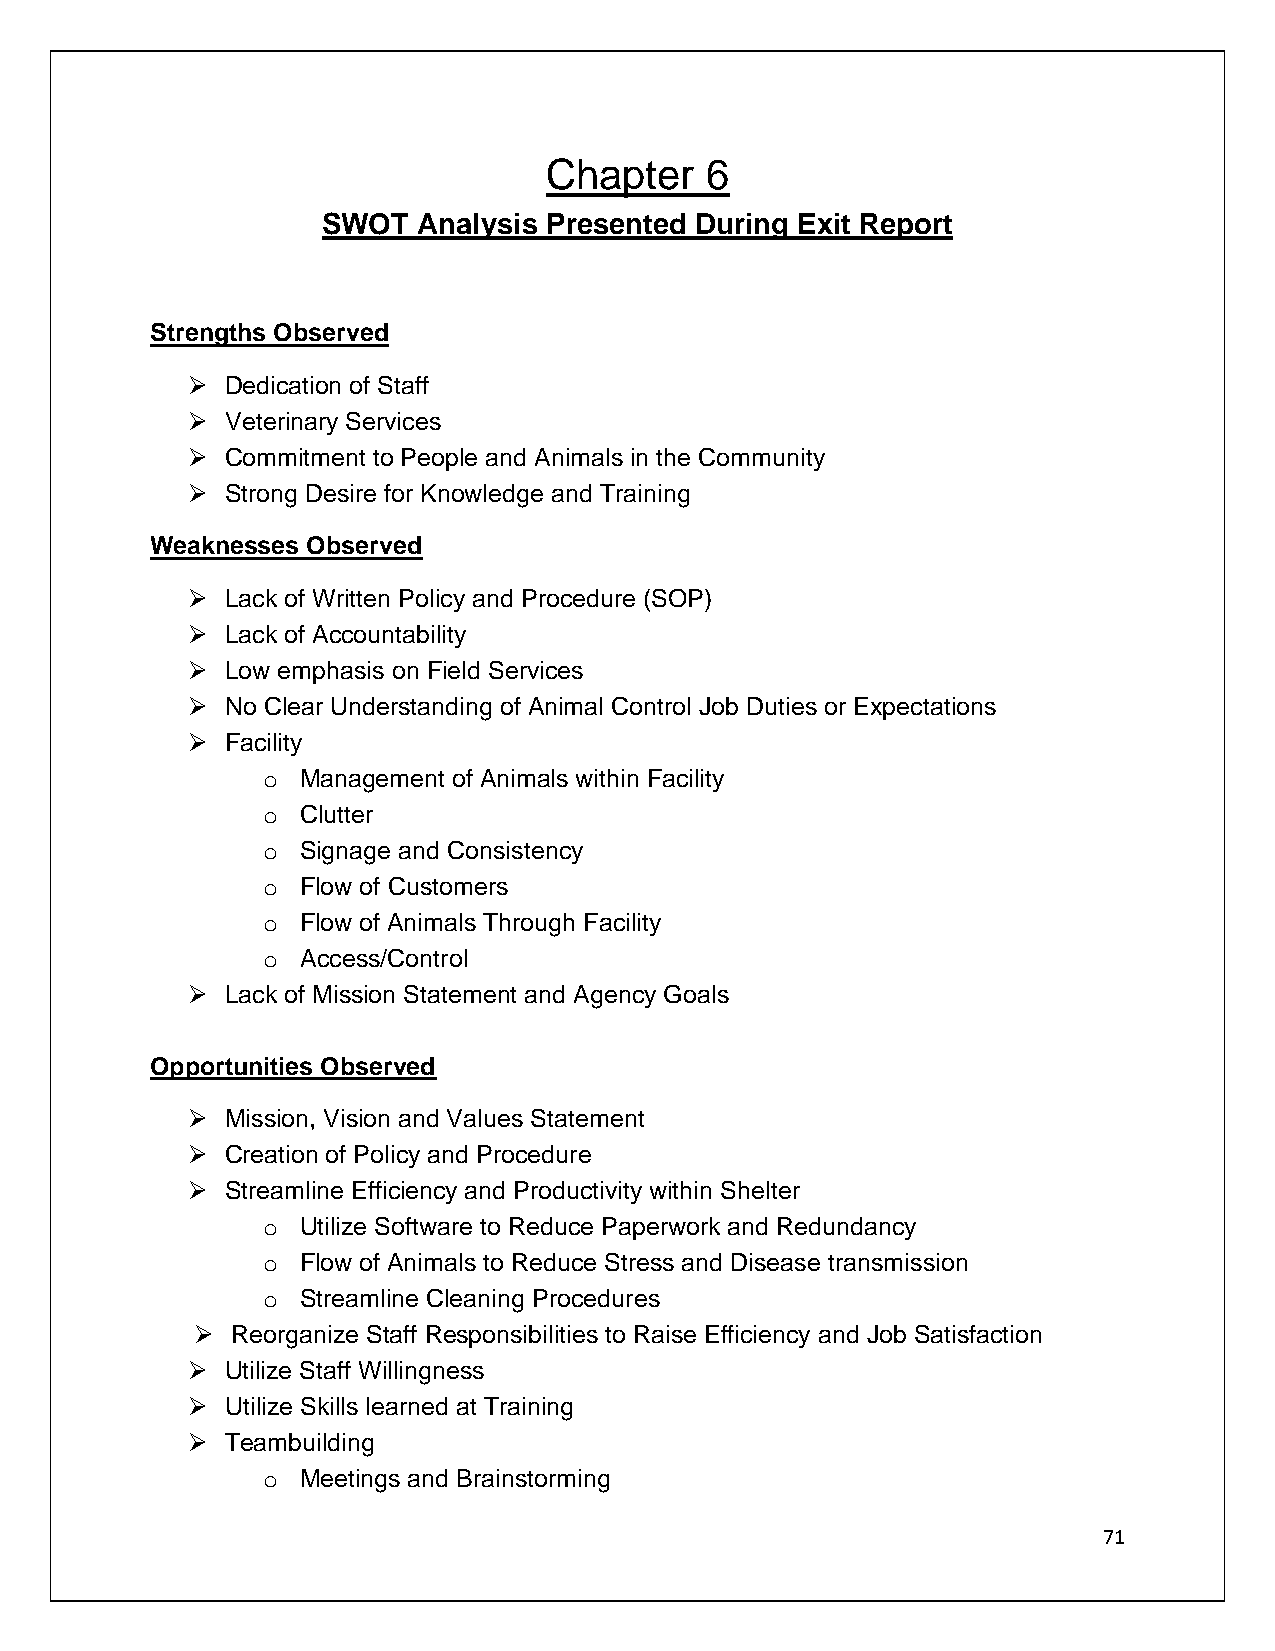
Chapter    6
 SWOT   Analysis Presented During Exit Report
 Strengths Observed
 ➢  Dedication of Staff
 ➢  Veterinary Services
 ➢  Commitment to People and Animals in the Community
 ➢  Strong Desire for Knowledge and Training
 Weaknesses Observed
 ➢  Lack of Written Policy and Procedure (SOP)
 ➢  Lack of Accountability
 ➢  Low emphasis on Field Services
 ➢  No Clear Understanding of Animal Control Job Duties or Expectations
 ➢  Facility
 o  Management of Animals within Facility
 o  Clutter
 o  Signage and Consistency
 o  Flow of Customers
 o  Flow of Animals Through Facility
 o  Access/Control
 ➢  Lack of Mission Statement and Agency Goals
 Opportunities Observed
 ➢  Mission, Vision and Values Statement
 ➢  Creation of Policy and Procedure
 ➢  Streamline Efficiency and Productivity within Shelter
 o  Utilize Software to Reduce Paperwork and Redundancy
 o  Flow of Animals to Reduce Stress and Disease transmission
 o  Streamline Cleaning Procedures
 ➢ Reorganize Staff Responsibilities to Raise Efficiency and Job Satisfaction
 ➢  Utilize Staff Willingness
 ➢  Utilize Skills learned at Training
 ➢  Teambuilding
 o  Meetings and Brainstorming
 71